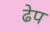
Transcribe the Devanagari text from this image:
ढेप